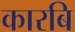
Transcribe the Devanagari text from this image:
कारबि